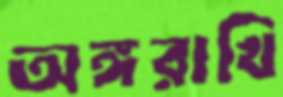
অঙ্গরাখি